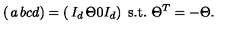
\left( \begin{matrix} { a } & { b } \\ { c } & { d } \\ \end{matrix} \right) = \left( \begin{matrix} { I _ { d } } & { \Theta } \\ { 0 } & { I _ { d } } \\ \end{matrix} \right) \ \mathrm { s . t . } \ \Theta ^ { T } = - \Theta .